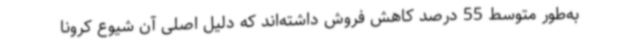
به‌طور متوسط 55 درصد کاهش فروش داشته‌اند که دلیل اصلی آن شیوع کرونا